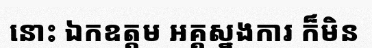
នោះ ឯកឧត្តម អគ្គស្នងការ ក៏មិន